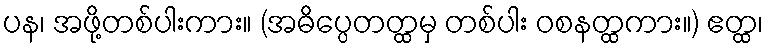
ပန၊ အဖို့တစ်ပါးကား။ (အဓိပ္ပေတတ္ထမှ တစ်ပါး ဝစနတ္ထကား။) ဧတ္ထ၊